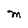
Character: M